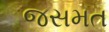
જસમત